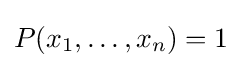
P(x_{1},\ldots ,x_{n})=1